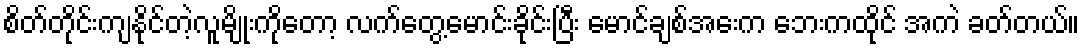
စိတ်တိုင်းကျနိုင်တဲ့လူမျိုးကိုတော့ လက်တွေ့မောင်းခိုင်းပြီး မောင်ချစ်အေးက ဘေးကထိုင် အကဲ ခတ်တယ်။